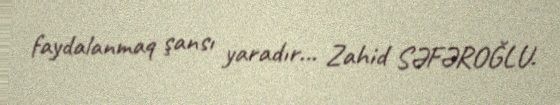
faydalanmaq şansı yaradır... Zahid SƏFƏROĞLU.